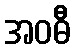
အဝဓီ